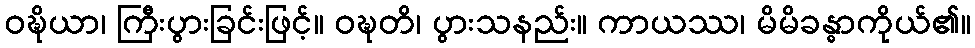
ဝဍ္ဎိယာ၊ ကြီးပွားခြင်းဖြင့်။ ဝဍ္ဎတိ၊ ပွားသနည်း။ ကာယဿ၊ မိမိခန္ဓာကိုယ်၏။